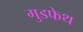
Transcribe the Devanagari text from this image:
गुडफेथ